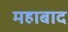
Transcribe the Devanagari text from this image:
महाबाद